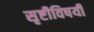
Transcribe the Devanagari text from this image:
सृष्टीविषयी